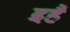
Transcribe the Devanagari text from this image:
इहैं